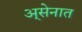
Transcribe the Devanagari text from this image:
अ्सेनात